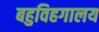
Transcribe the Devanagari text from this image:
बहुविहगालय